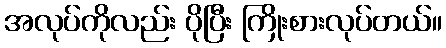
အလုပ်ကိုလည်း ပိုပြီး ကြိုးစားလုပ်တယ်။